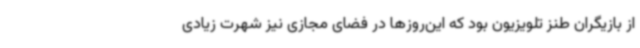
از بازیگران طنز تلویزیون بود که این‌روزها در فضای مجازی نیز شهرت زیادی